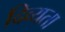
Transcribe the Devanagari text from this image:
दिव्‍यता